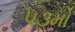
૫૩મો